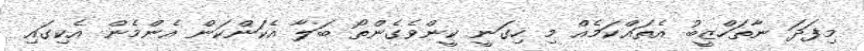
މިފަދަ ނާތަހްޒީބު އެތައްކަމެއް މި ހިގަނީ ކީންވެގެންތޯ ބަލާ އެކަންކަން އެންމެން އެކިގައި